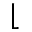
\lfloor